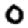
Digit: 0